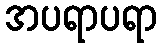
အပရာပရာ